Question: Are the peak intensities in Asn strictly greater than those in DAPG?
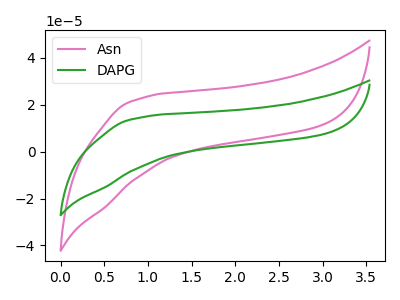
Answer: <think>The pink curve "Asn" has no peaks. The green curve "DAPG" has no peaks.</think>
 <answer>Niether CV has any peaks.</answer>
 <eval>blanks</eval>